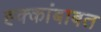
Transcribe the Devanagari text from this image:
ह्क्कांबाबत